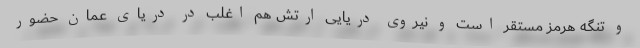
و تنگه هرمز مستقر است و نیروی دریایی ارتش هم اغلب در دریای عمان حضور